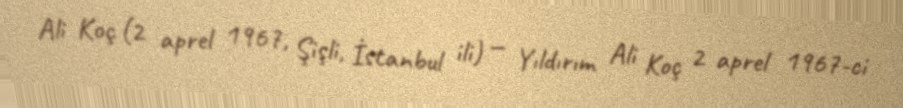
Ali Koç (2 aprel 1967, Şişli, İstanbul ili) — Yıldırım Ali Koç 2 aprel 1967-ci